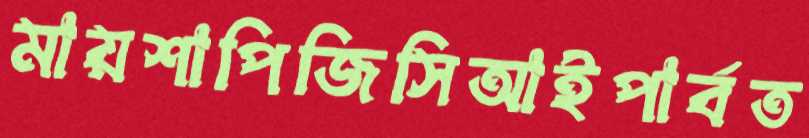
মায়শাপিজিসিআইপার্বত